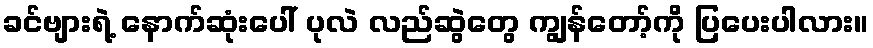
ခင်ဗျားရဲ့ နောက်ဆုံးပေါ် ပုလဲ လည်ဆွဲတွေ ကျွန်တော့်ကို ပြပေးပါလား။